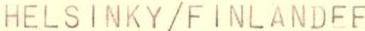
HELSINKY/FINLANDEE